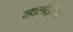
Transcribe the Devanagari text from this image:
व्हालोईच्या